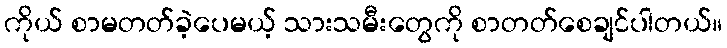
ကိုယ် စာမတတ်ခဲ့ပေမယ့် သားသမီးတွေကို စာတတ်စေချင်ပါတယ်။